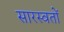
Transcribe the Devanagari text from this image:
सारस्वतों